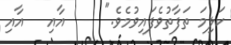
ކަލިމަ ތަފާތުވެފައިވުމެވެ."     އާއި   އާއި